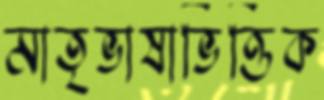
মাতৃভাষাভিত্তিক